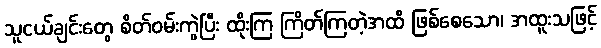
သူငယ်ချင်းတွေ စိတ်ဝမ်းကွဲပြီး ထိုးကြ ကြိတ်ကြတဲ့အထိ ဖြစ်စေသော၊ အထူးသဖြင့်